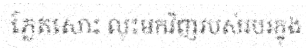
ភ្លែតសោះ លុះមកវិញរបស់របរក្នុង